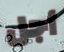
أجل